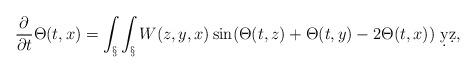
LaTeX: \begin{align*} \frac{\partial}{\partial t}\Theta(t,x) = \int_\S \int_\S W(z,y,x) \sin(\Theta(t,z)+\Theta(t,y)-2\Theta(t,x))\ \d y \d z,\end{align*}